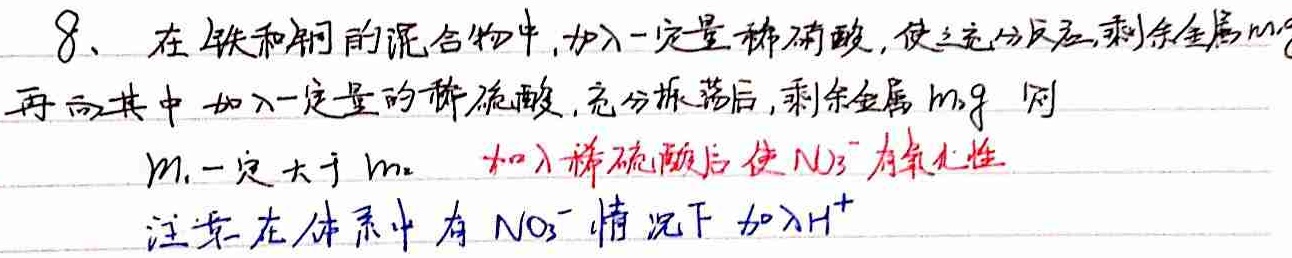
8、在铁和铜的混合物中，加入一定量稀硝酸，使之充分反应，剩余金属\(m_1g\)，再向其中加入一定量的稀硫酸，充分振荡后，剩余金属\(m_2g\)。则\(m_1\)一定大于\(m_2\)。加入稀硫酸后使\(\text{NO}_3^-\)有氧化性，注意在体系中有\(\text{NO}_3^-\)情况下加入\(\text{H}^+\)。